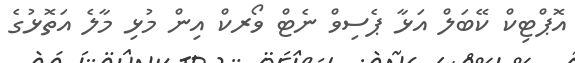
އޮޕްޓިކް ކޭބަލް އަޅާ ޕެސިވް ނެޓް ވޯރކް އިން މުޅި މާލެ އަތޮޅުގެ